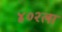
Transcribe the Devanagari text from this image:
४०२ला